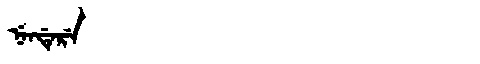
Manchu: ᠨᡝᠨᡩᡝᡵᡝ
Romanization: NENDERE